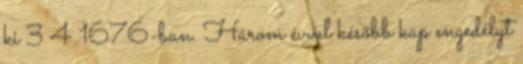
ki 3 4 1676-ban. Három évvel később kap engedélyt